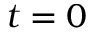
t = 0